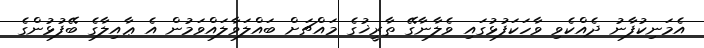
އެމަނިކުފާނު ދެއްކެވި ވާހަކަފުޅުގައި ވެލާނާގޭ ތާރީޚުގެ މައްޗަށް ބައްލަވާލައްވަމުން އެ ޢާއިލާގެ ބޭފުޅުންގެ